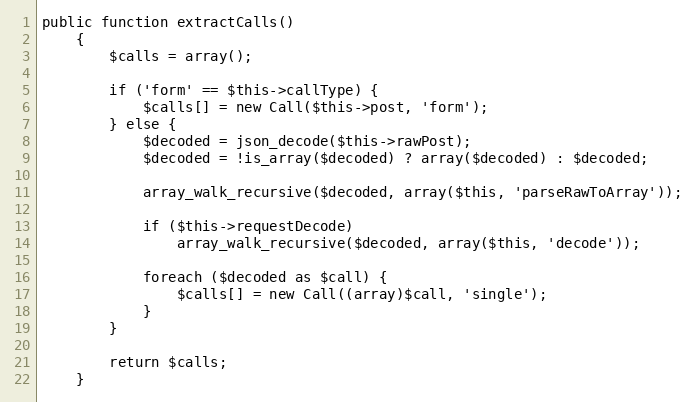
Language: PHP
public function extractCalls()
    {
        $calls = array();

        if ('form' == $this->callType) {
            $calls[] = new Call($this->post, 'form');
        } else {
            $decoded = json_decode($this->rawPost);
            $decoded = !is_array($decoded) ? array($decoded) : $decoded;

            array_walk_recursive($decoded, array($this, 'parseRawToArray'));

            if ($this->requestDecode)
                array_walk_recursive($decoded, array($this, 'decode'));

            foreach ($decoded as $call) {
                $calls[] = new Call((array)$call, 'single');
            }
        }

        return $calls;
    }